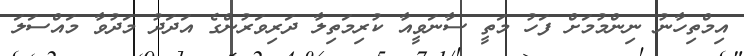
އިމްތިހާނު ނިންމުމަށް ފަހު މަތީ ސާނަވީއާ ކުރިމަތިލާ ދަރިވަރުންގެ އަދަދު މަދުވާ މައްސަލަ